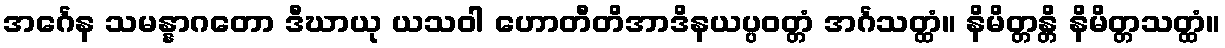
အင်္ဂေန သမန္နာဂတော ဒီဃာယု ယသဝါ ဟောတီတိအာဒိနယပ္ပဝတ္တံ အင်္ဂသတ္ထံ။ နိမိတ္တန္တိ နိမိတ္တသတ္ထံ။